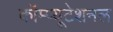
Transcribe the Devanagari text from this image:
कॉम्प्यूटेशनल